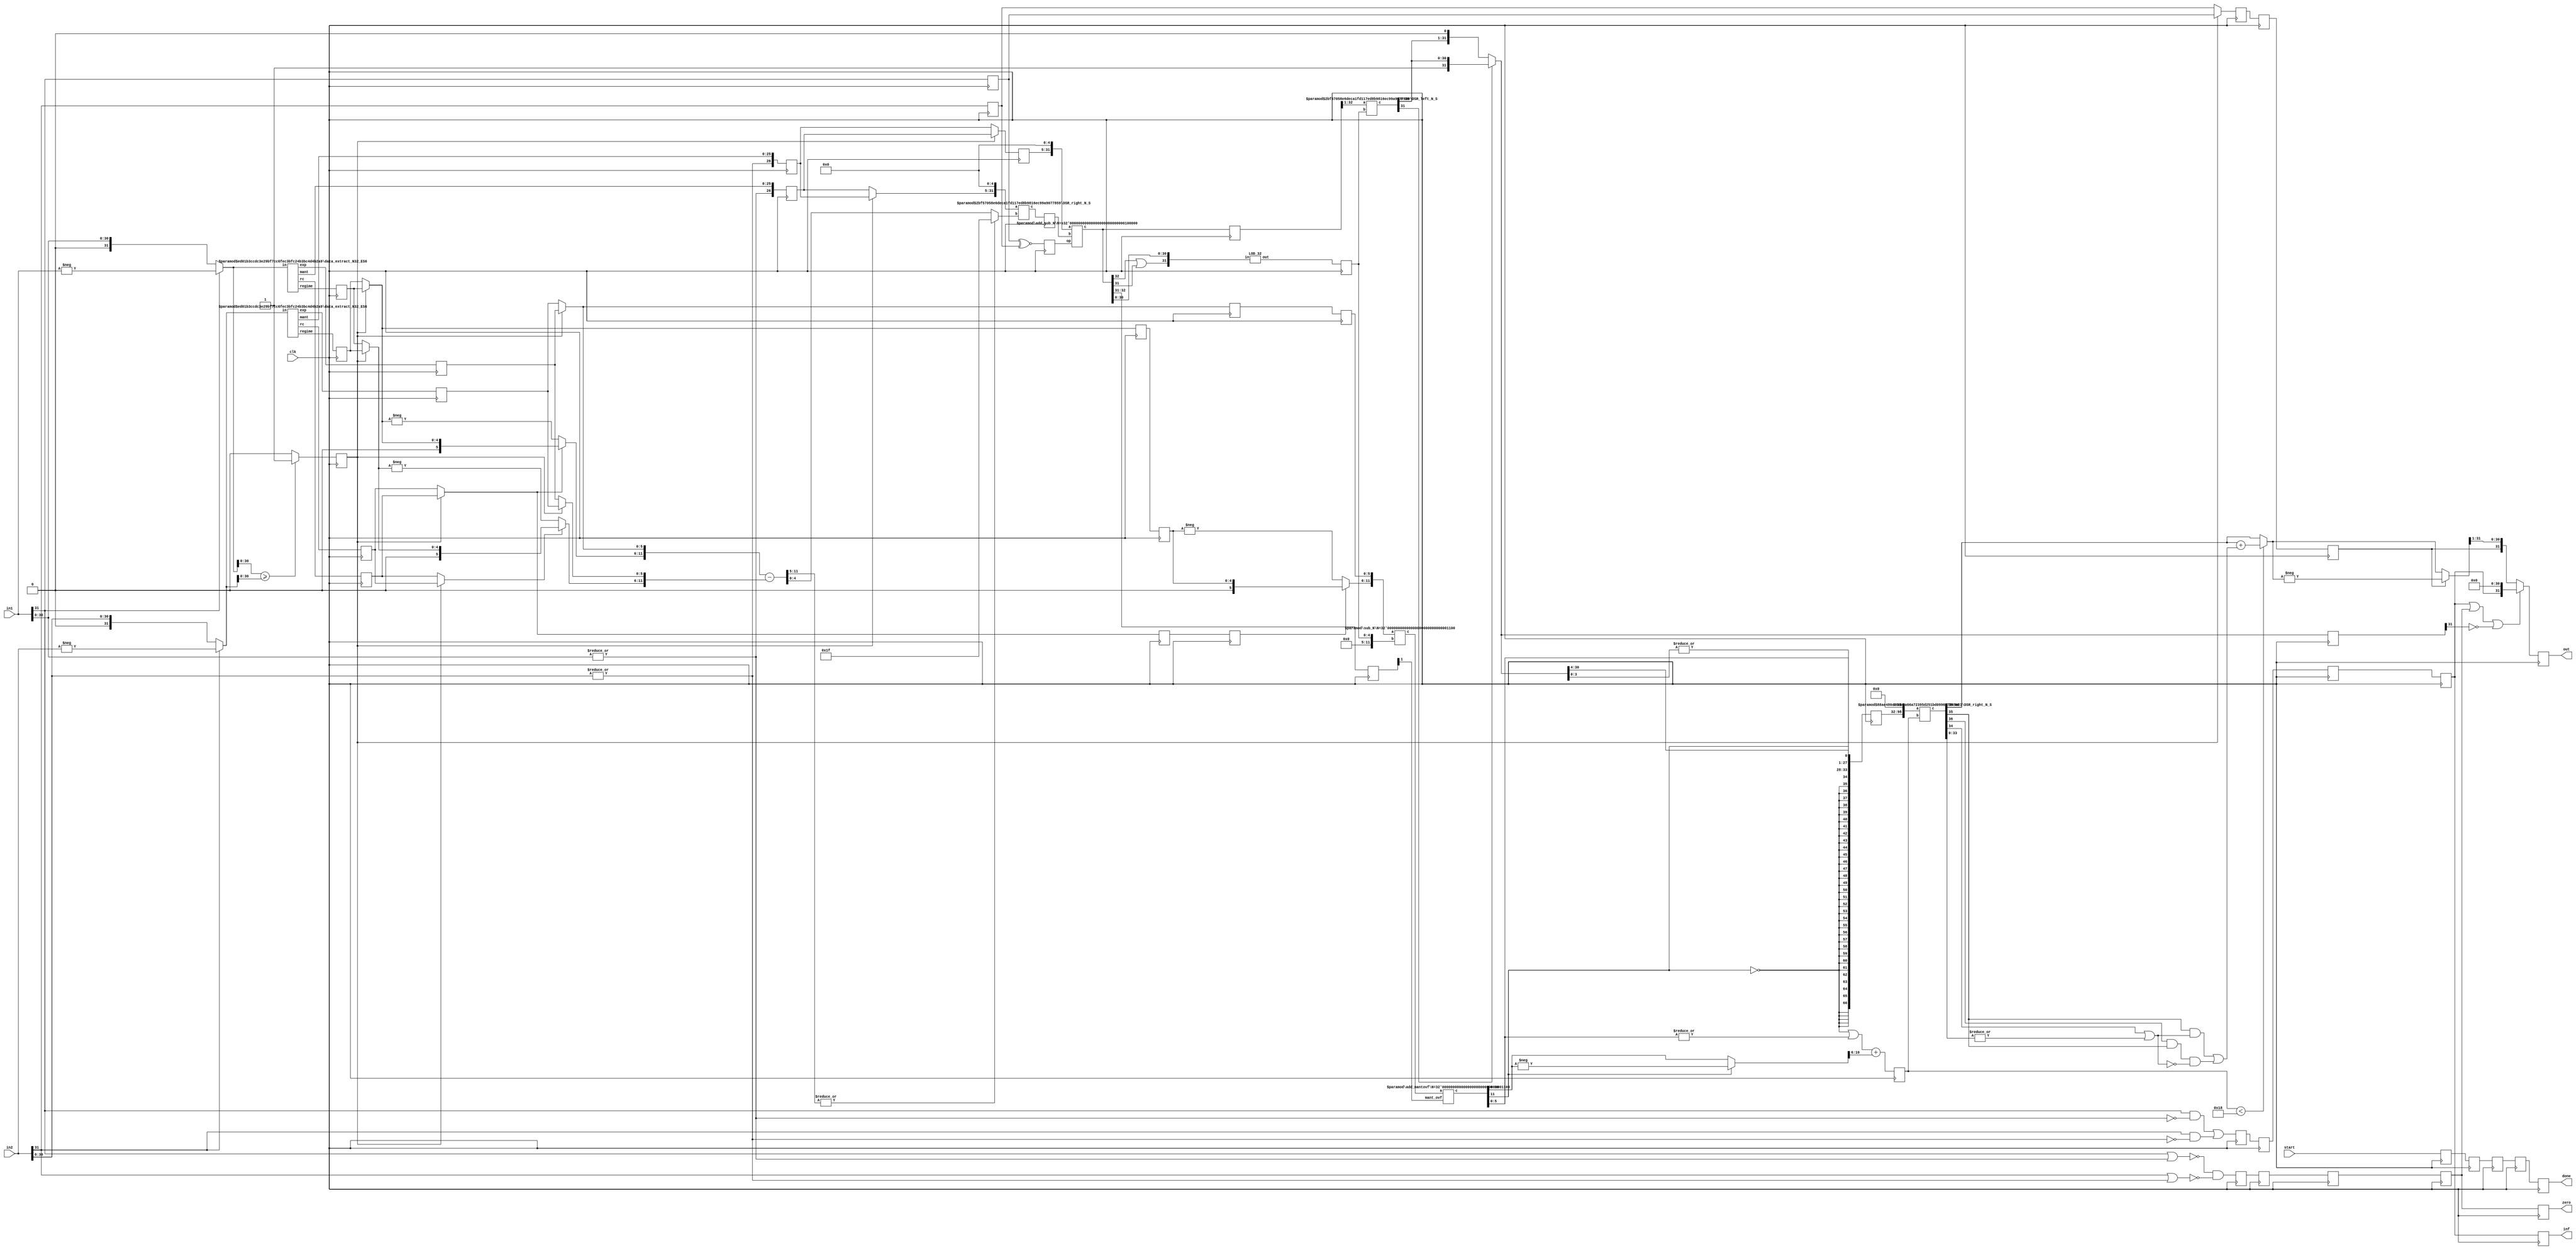
module add_N32_ES6_PIPE5(clk, in1, in2, start, out, inf, zero, done);

function [31:0] log2;
input reg [31:0] value;
	begin
	value = value-1;
	for (log2=0; value>0; log2=log2+1)
        	value = value>>1;
      	end
endfunction

parameter N = 32;
parameter Bs = log2(N); 
parameter es = 6;


input clk;
input [N-1:0] in1, in2;
input start; 
output reg [N-1:0] out;
output reg inf, zero;
output reg done;

wire start0= start;
wire s1 = in1[N-1];
wire s2 = in2[N-1];
wire zero_tmp1 = |in1[N-2:0];
wire zero_tmp2 = |in2[N-2:0];
wire inf1 = in1[N-1] & (~zero_tmp1),
	inf2 = in2[N-1] & (~zero_tmp2);
wire zero1 = ~(in1[N-1] | zero_tmp1),
	zero2 = ~(in2[N-1] | zero_tmp2);
wire inf_t = inf1 | inf2,
	zero_t = zero1 & zero2;


//Data Extraction
wire rc1, rc2;
wire [Bs-1:0] regime1, regime2;
wire [es-1:0] e1, e2;
wire [N-es-1:0] mant1, mant2;
wire [N-1:0] xin1 = s1 ? -in1 : in1;
wire [N-1:0] xin2 = s2 ? -in2 : in2;
wire in1_gt_in2 = (xin1[N-2:0] >= xin2[N-2:0]) ? 1'b1 : 1'b0;
data_extract_N32_ES6 #(.N(N),.es(es)) uut_de1(.in(xin1), .rc(rc1), .regime(regime1), .exp(e1), .mant(mant1));
data_extract_N32_ES6 #(.N(N),.es(es)) uut_de2(.in(xin2), .rc(rc2), .regime(regime2), .exp(e2), .mant(mant2));

wire [N-es:0] m1 = {zero_tmp1,mant1}, 
	m2 = {zero_tmp2,mant2};

reg start_r0; 
reg in1_gt_in2_r0, s1_r0, s2_r0, inf_r0, zero_r0, rc1_r0, rc2_r0;
reg [Bs-1:0] regime1_r0, regime2_r0;
reg [es-1:0] e1_r0, e2_r0;
reg [N-es:0] m1_r0, m2_r0;

always @(posedge clk) begin
start_r0 <= start0; 
in1_gt_in2_r0 <= in1_gt_in2; 
s1_r0 <= s1; s2_r0 <= s2; 
inf_r0 <= inf_t; 
zero_r0 <= zero_t; 
rc1_r0 <= rc1; 
rc2_r0 <= rc2;
regime1_r0 <= regime1; 
regime2_r0 <= regime2; 
e1_r0 <= e1; e2_r0 <= e2;
m1_r0 <= m1; m2_r0 <= m2;
end

//Large Checking and Assignment
wire ls = in1_gt_in2_r0 ? s1_r0 : s2_r0;
wire op = s1_r0 ~^ s2_r0;

wire lrc = in1_gt_in2_r0 ? rc1_r0 : rc2_r0;
wire src = in1_gt_in2_r0 ? rc2_r0 : rc1_r0;

wire [Bs-1:0] lr = in1_gt_in2_r0 ? regime1_r0 : regime2_r0;
wire [Bs-1:0] sr = in1_gt_in2_r0 ? regime2_r0 : regime1_r0;

wire [es-1:0] le = in1_gt_in2_r0 ? e1_r0 : e2_r0;
wire [es-1:0] se = in1_gt_in2_r0 ? e2_r0 : e1_r0;

wire [N-es:0] lm = in1_gt_in2_r0 ? m1_r0 : m2_r0;
wire [N-es:0] sm = in1_gt_in2_r0 ? m2_r0 : m1_r0;

//Exponent Difference: Lower Mantissa Right Shift Amount
wire [es+Bs+1:0] diff;
assign diff = {lrc ? {2'b0,lr} : -lr,le} - {src ? {2'b0,sr} : -sr, se};
wire [Bs-1:0] exp_diff = (|diff[es+Bs:Bs]) ? {Bs{1'b1}} : diff[Bs-1:0];

//DSR Right Shifting
wire [N-1:0] DSR_right_in = {sm,5'b0};
wire [N-1:0] DSR_right_out;
wire [Bs-1:0] DSR_e_diff  = exp_diff;
DSR_right_N_S #(.N(N), .S(Bs))  dsr1(.a(DSR_right_in), .b(DSR_e_diff), .c(DSR_right_out));

reg start_r1;
reg ls_r1, op_r1, lrc_r1, inf_r1, zero_r1;
reg [Bs-1:0] lr_r1;
reg [es-1:0] le_r1;
reg [N-es:0] lm_r1;
reg [N-1:0] DSR_right_out_r1;
always @(posedge clk) begin
start_r1 <= start_r0; ls_r1 <= ls; op_r1 <= op; inf_r1 <= inf_r0; zero_r1 <= zero_r0;
lrc_r1 <= lrc;
le_r1 <= le;
lr_r1 <= lr;
lm_r1 <= lm;
DSR_right_out_r1 <= DSR_right_out;
end

//Mantissa Addition
wire [N-1:0] add_m_in1 = {lm_r1,5'b0};
wire [N:0] add_m;
add_sub_N #(.N(N)) uut_add_sub_N (op_r1, add_m_in1, DSR_right_out_r1, add_m);
wire [1:0] mant_ovf = add_m[N:N-1];

//LOD
wire [N-1:0] LOD_in = {(add_m[N] | add_m[N-1]), add_m[N-2:0]};
wire [Bs-1:0] left_shift;
LOD_32 l2(.in(LOD_in), .out(left_shift));


reg start_r2;
reg ls_r2, lrc_r2, inf_r2, zero_r2;
reg [Bs-1:0] lr_r2, left_shift_r2;
reg [es-1:0] le_r2;
reg [N:0] add_m_r2;
reg [1:0] mant_ovf_r2;
always @(posedge clk) begin
start_r2 <= start_r1; ls_r2 <= ls_r1; inf_r2 <= inf_r1; zero_r2 <= zero_r1;
lrc_r2 <= lrc_r1; lr_r2 <= lr_r1; le_r2 <= le_r1;
left_shift_r2 <= left_shift;
add_m_r2 <= add_m;
mant_ovf_r2 <= mant_ovf;
end

//DSR Left Shifting
wire [N-1:0] DSR_left_out_t;
DSR_left_N_S #(.N(N), .S(Bs)) dsl1(.a(add_m_r2[N:1]), .b(left_shift_r2), .c(DSR_left_out_t));
wire [N-1:0] DSR_left_out = DSR_left_out_t[N-1] ? DSR_left_out_t[N-1:0] : {DSR_left_out_t[N-2:0],1'b0}; 


//Exponent and Regime Computation
wire [Bs:0] lr_N = lrc_r2 ? {1'b0,lr_r2} : -{1'b0,lr_r2};
wire [es+Bs+1:0] le_o_tmp, le_o;
sub_N #(.N(es+Bs+1)) sub3 ({lr_N,le_r2}, {{es+1{1'b0}},left_shift_r2}, le_o_tmp);
add_mantovf #(es+Bs+1) uut_add_mantovf (le_o_tmp, mant_ovf_r2[1], le_o);

wire [es+Bs:0] le_oN = le_o[es+Bs] ? -le_o : le_o;
wire [es-1:0] e_o = le_o[es-1:0];
wire [Bs-1:0] r_o = (~le_o[es+Bs] || (|le_o[es-1:0])) + le_oN[es+Bs-1:es];

//Exponent and Mantissa Packing
wire [2*N-1+3:0] tmp_o;
assign tmp_o = { {N{~le_o[es+Bs]}}, le_o[es+Bs], e_o, DSR_left_out[N-2:4], |DSR_left_out[3:0]};

reg start_r3, ls_r3, inf_r3, zero_r3;
reg [2*N-1+3:0] tmp_o_r3;
reg [Bs-1:0] r_o_r3;
reg [N-1:0] DSR_left_out_r3;
always @(posedge clk) begin
start_r3 <= start_r2; ls_r3 <= ls_r2; inf_r3 <= inf_r2; zero_r3 <= zero_r2;
r_o_r3 <= r_o;
tmp_o_r3 <= tmp_o;
DSR_left_out_r3 <= DSR_left_out;
end

//Including/Pushing Regime bits in Exponent-Mantissa Packing
wire [3*N-1+3:0] tmp1_o;
DSR_right_N_S #(.N(3*N+3), .S(Bs)) dsr2 (.a({tmp_o_r3,{N{1'b0}}}), .b(r_o_r3), .c(tmp1_o));


//Rounding RNE : ulp_add = G.(R + S) + L.G.(~(R+S))
wire L = tmp1_o[N+4], G = tmp1_o[N+3], R = tmp1_o[N+2], St = |tmp1_o[N+1:0],
     ulp = ((G & (R | St)) | (L & G & ~(R | St)));
wire [N-1:0] rnd_ulp = {{N-1{1'b0}},ulp};
wire [N-1:0] tmp1_o_rnd = (r_o_r3 < N-es-2) ? tmp1_o[2*N-1+3:N+3] + rnd_ulp : tmp1_o[2*N-1+3:N+3];


//Final Output
wire [N-1:0] tmp1_oN = ls_r3 ? -tmp1_o_rnd : tmp1_o_rnd;
wire [N-1:0] out_tmp = inf_r3|zero_r3|(~DSR_left_out_r3[N-1]) ? {inf_r3,{N-1{1'b0}}} : {ls_r3, tmp1_oN[N-1:1]};  

always @(posedge clk) begin
out <= out_tmp;
done <= start_r3;
inf <= inf_r3;
zero <= zero_r3;
end
endmodule

/////////////////////////
module data_extract_N32_ES6(in, rc, regime, exp, mant);

function [31:0] log2;
input reg [31:0] value;
	begin
	value = value-1;
	for (log2=0; value>0; log2=log2+1)
        	value = value>>1;
      	end
endfunction


parameter N=32;
parameter Bs=log2(N);
parameter es = 5;


input [N-1:0] in;
output rc;
output [Bs-1:0] regime;
output [es-1:0] exp;
output [N-es-1:0] mant;

//Data Extraction

wire [N-1:0] xin = in;
assign rc = xin[N-2];

wire [N-1:0] xin_r = rc ? ~xin : xin;

wire [Bs-1:0] k;
LOD_32 uut_lod32_5 (.in({xin_r[N-2:0],rc^1'b0}), .out(k));

assign regime = rc ? k-1 : k;

wire [N-1:0] xin_tmp;
DSR_left_N_S #(.N(N), .S(Bs)) ls (.a({xin[N-3:0],2'b0}),.b(k),.c(xin_tmp));

assign exp= xin_tmp[N-1:N-es];
assign mant= xin_tmp[N-es-1:0];

endmodule

/////////////////
module sub_N (a,b,c);
parameter N=10;
input [N-1:0] a,b;
output [N:0] c;
assign c = {1'b0,a} - {1'b0,b};
endmodule

/////////////////////////
module add_N (a,b,c);
parameter N=10;
input [N-1:0] a,b;
output [N:0] c;
assign c = {1'b0,a} + {1'b0,b};
endmodule

/////////////////////////
module add_sub_N (op,a,b,c);
parameter N=10;
input op;
input [N-1:0] a,b;
output [N:0] c;
assign c = op ? {1'b0,a} + {1'b0,b} : {1'b0,a} - {1'b0,b};
endmodule

/////////////////////////
module add_mantovf (a,mant_ovf,c);
parameter N=10;
input [N:0] a;
input mant_ovf;
output [N:0] c;
assign c = a + mant_ovf;
endmodule

/////////////////////////
module DSR_left_N_S(a,b,c);
        parameter N=16;
        parameter S=4;
        input [N-1:0] a;
        input [S-1:0] b;
        output [N-1:0] c;

wire [N-1:0] tmp [S-1:0];
assign tmp[0]  = b[0] ? a << 7'd1  : a; 
genvar i;
generate
	for (i=1; i<S; i=i+1)begin:loop_blk
		assign tmp[i] = b[i] ? tmp[i-1] << 2**i : tmp[i-1];
	end
endgenerate
assign c = tmp[S-1];

endmodule


/////////////////////////
module DSR_right_N_S(a,b,c);
        parameter N=16;
        parameter S=4;
        input [N-1:0] a;
        input [S-1:0] b;
        output [N-1:0] c;

wire [N-1:0] tmp [S-1:0];
assign tmp[0]  = b[0] ? a >> 7'd1  : a; 
genvar i;
generate
	for (i=1; i<S; i=i+1)begin:loop_blk
		assign tmp[i] = b[i] ? tmp[i-1] >> 2**i : tmp[i-1];
	end
endgenerate
assign c = tmp[S-1];

endmodule

///////////////////////
module LOD_32(in, out);
input [31:0] in;
output [4:0] out;
wire [3:0] out_l, out_h;
wire out_vl, out_vh;
LOD16_4 pl(.in(in[15:0]), .out(out_l), .out_v(out_vl));
LOD16_4 ph(.in(in[31:16]), .out(out_h), .out_v(out_vh));
assign out = out_vh ? {1'b0,out_h} : {out_vl,out_l};
endmodule

////////////////////
module LOD16_4(in, out, out_v);
input [15:0] in;
output [3:0] out;
output out_v;
wire [2:0] out_l, out_h;
wire out_vl, out_vh;
LOD8_3 pl(.in(in[7:0]), .out(out_l), .out_v(out_vl));
LOD8_3 ph(.in(in[15:8]), .out(out_h), .out_v(out_vh));
assign out = out_vh ? {1'b0,out_h} : {out_vl,out_l};
assign out_v = out_vl | out_vh;
endmodule


////////////////////
module LOD8_3(in, out, out_v);
input [7:0] in;
output [2:0] out;
output out_v;

wire [1:0] out_l, out_h;
wire out_vl, out_vh;
LOD4_2 pl(.in(in[3:0]), .out(out_l), .out_v(out_vl));
LOD4_2 ph(.in(in[7:4]), .out(out_h), .out_v(out_vh));
assign out = out_vh ? {1'b0,out_h} : {out_vl,out_l};
assign out_v = out_vl | out_vh;

endmodule


////////////////////
module LOD4_2(in, out, out_v);
input [3:0] in;
output [1:0] out;
output out_v;

wire out_l, out_h;
wire out_vl, out_vh;
LOD2_1 pl(.in(in[1:0]), .out(out_l), .out_v(out_vl));
LOD2_1 ph(.in(in[3:2]), .out(out_h), .out_v(out_vh));
assign out = out_vh ? {1'b0,out_h} : {out_vl,out_l};
assign out_v = out_vl | out_vh;

endmodule


module LOD2_1(in, out, out_v);
input [1:0] in;
output out;
output out_v;

assign out = ~in[1] & in[0];
assign out_v = |in;
endmodule